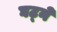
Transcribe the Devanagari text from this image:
घट्ने